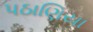
પઠાણિયા